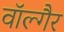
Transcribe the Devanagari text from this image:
वॉल्गैर